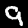
Label: 9